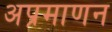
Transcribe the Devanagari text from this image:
अप्रमाणन